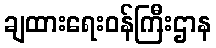
ချထားရေးဝန်ကြီးဌာန